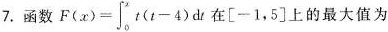
7.函数$$F(x)= \int _{0}^{x}t(t-4)dt$$在[-1，5]上的最大值为